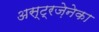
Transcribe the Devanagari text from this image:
अस्ट्रज़ेनेका